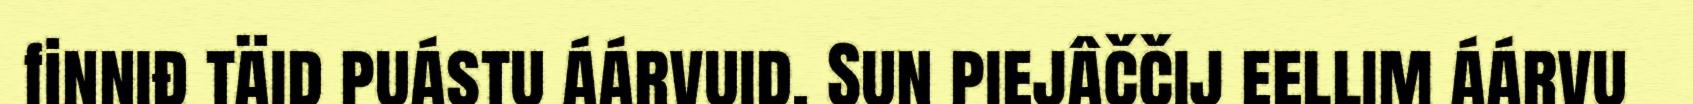
finniđ täid puástu áárvuid. Sun piejâččij eellim áárvu